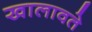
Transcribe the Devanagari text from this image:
खालावते